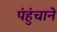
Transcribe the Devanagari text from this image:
पंहुंचाने